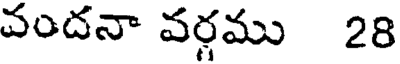
వందనా వర్గము 28